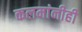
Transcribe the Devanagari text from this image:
कलमांनीही